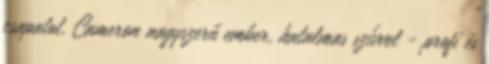
csapatot. Cameron nagyszerű ember, hatalmas szívvel - profi és